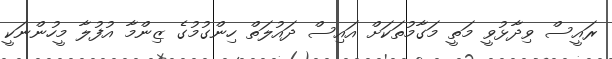
ރައީސް ވިދާޅުވީ މަތީ މަގާމުތަކަށް އައިސް ދައުލަތް ހިންގުމުގެ ޒިންމާ އުފުލާ މީހުންނަކީ